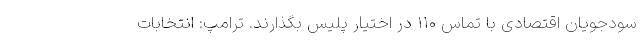
سودجویان اقتصادی با تماس ۱۱۰ در اختیار پلیس بگذارند. ترامپ: انتخابات